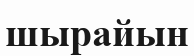
шырайын